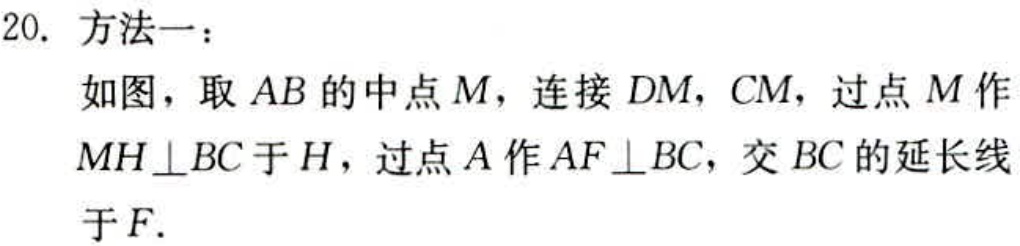
20. 方法一：
如图，取 \(AB\) 的中点 \(M\)，连接 \(DM,CM\)，过点 \(M\) 作 \(MH\perp BC\) 于 \(H\)，过点 \(A\) 作 \(AF\perp BC\)，交 \(BC\) 的延长线于 \(F\).